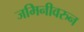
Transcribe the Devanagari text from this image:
जमिनीवरुन